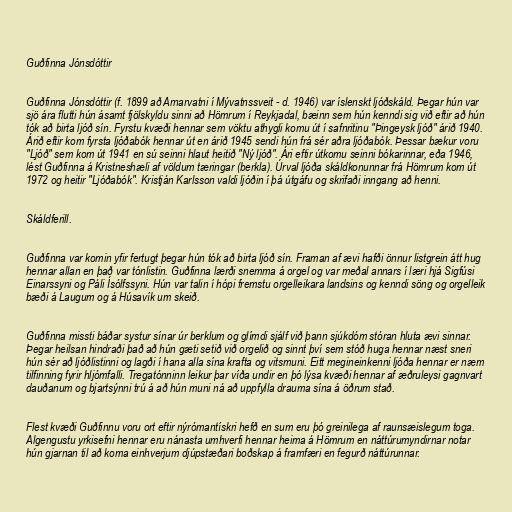
Guðfinna Jónsdóttir

Guðfinna Jónsdóttir (f. 1899 að Arnarvatni í Mývatnssveit - d. 1946) var íslenskt ljóðskáld. Þegar hún var
sjö ára flutti hún ásamt fjölskyldu sinni að Hömrum í Reykjadal, bæinn sem hún kenndi sig við eftir að hún
tók að birta ljóð sín. Fyrstu kvæði hennar sem vöktu athygli komu út í safnritinu "Þingeysk ljóð" árið 1940.
Árið eftir kom fyrsta ljóðabók hennar út en árið 1945 sendi hún frá sér aðra ljóðabók. Þessar bækur voru
"Ljóð" sem kom út 1941 en sú seinni hlaut heitið "Ný ljóð". Ári eftir útkomu seinni bókarinnar, eða 1946,
lést Guðfinna á Kristneshæli af völdum tæringar (berkla). Úrval ljóða skáldkonunnar frá Hömrum kom út
1972 og heitir "Ljóðabók". Kristján Karlsson valdi ljóðin í þá útgáfu og skrifaði inngang að henni.

Skáldferill.

Guðfinna var komin yfir fertugt þegar hún tók að birta ljóð sín. Framan af ævi hafði önnur listgrein átt hug
hennar allan en það var tónlistin. Guðfinna lærði snemma á orgel og var meðal annars í læri hjá Sigfúsi
Einarssyni og Páli Ísólfssyni. Hún var talin í hópi fremstu orgelleikara landsins og kenndi söng og orgelleik
bæði á Laugum og á Húsavík um skeið.

Guðfinna missti báðar systur sínar úr berklum og glímdi sjálf við þann sjúkdóm stóran hluta ævi sinnar.
Þegar heilsan hindraði það að hún gæti setið við orgelið og sinnt því sem stóð huga hennar næst sneri
hún sér að ljóðlistinni og lagði í hana alla sína krafta og vitsmuni. Eitt megineinkenni ljóða hennar er næm
tilfinning fyrir hljómfalli. Tregatónninn leikur þar víða undir en þó lýsa kvæði hennar af æðruleysi gagnvart
dauðanum og bjartsýnni trú á að hún muni ná að uppfylla drauma sína á öðrum stað.

Flest kvæði Guðfinnu voru ort eftir nýrómantískri hefð en sum eru þó greinilega af raunsæislegum toga.
Algengustu yrkisefni hennar eru nánasta umhverfi hennar heima á Hömrum en náttúrumyndirnar notar
hún gjarnan til að koma einhverjum djúpstæðari boðskap á framfæri en fegurð náttúrunnar.